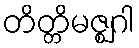
တိတ္တိမဇ္ဈဂါ